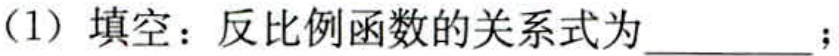
(1) 填空：反比例函数的关系式为________；